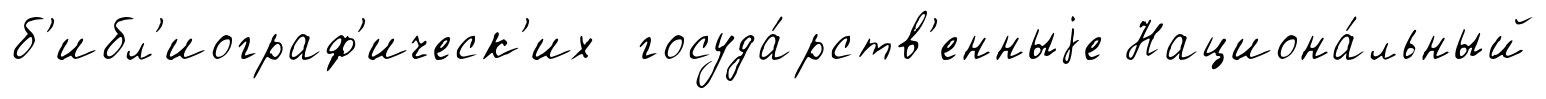
б'ибл'иограф'ическ'их госуда́рств'енныjе Национа́льный